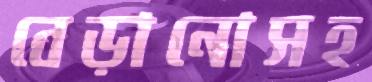
বেড়ানোসহ